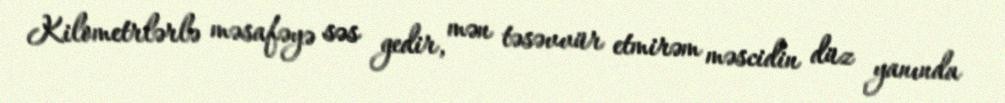
Kilometrlərlə məsafəyə səs gedir, mən təsəvvür etmirəm məscidin düz yanında